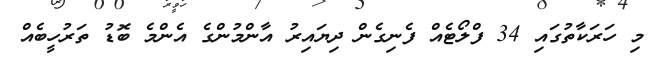
މި ހަރަކާތުގައި 34 ފްލޯޓެއް ފެނިގެން ދިޔައިރު އާންމުންގެ އެންމެ ބޮޑު ތަރުހީބެއް